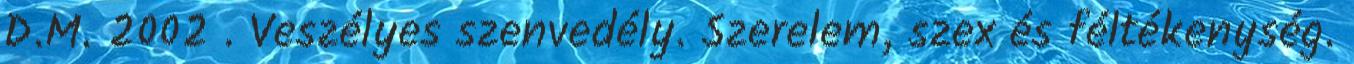
D.M. 2002 . Veszélyes szenvedély. Szerelem, szex és féltékenység.